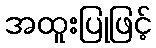
အထူးပြုဖြင့်